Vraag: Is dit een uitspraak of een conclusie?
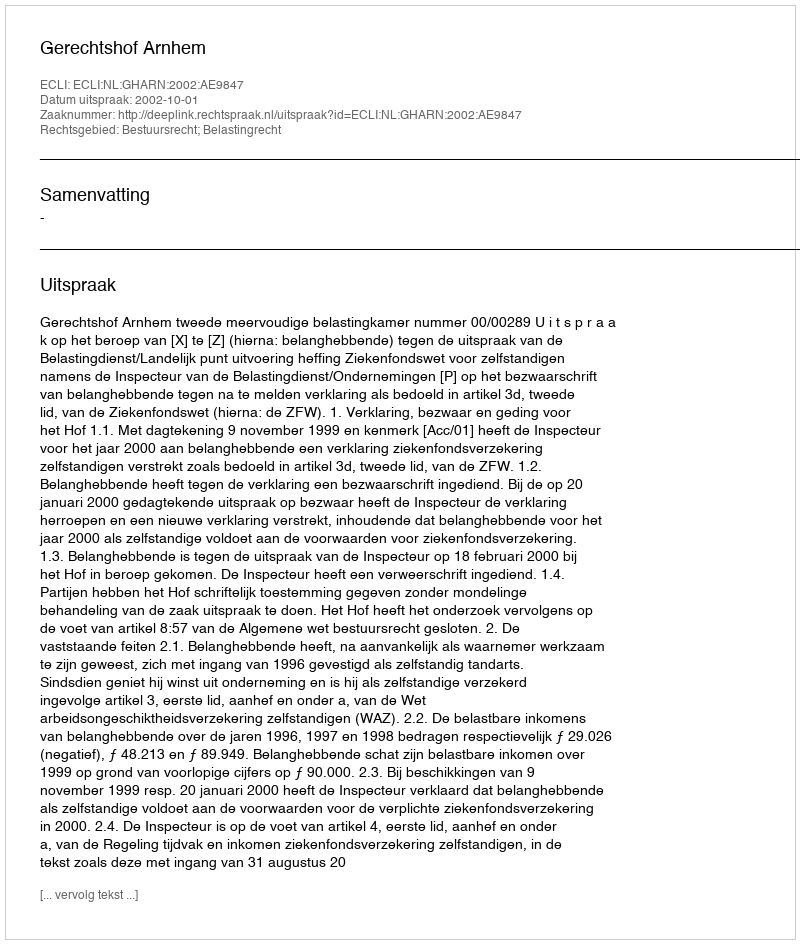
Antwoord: Uitspraak